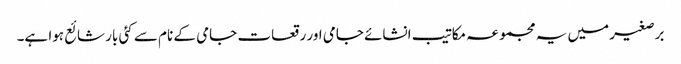
برصغیر میں یہ مجموعہ مکاتیب انشائے جامی اور رقعات جامی کے نام سے کئی بار شائع ہوا ہے۔